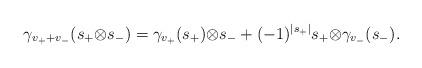
LaTeX: \begin{align*}\gamma_{v_{+} + v_{-}} (s_{+} {\otimes} s_{-}) = \gamma_{v_{+}}(s_{+}) {\otimes} s_{-} +(-1)^{|s_{+}|} s_{+}{\otimes}\gamma_{v_{-}}( s_{-}).\end{align*}